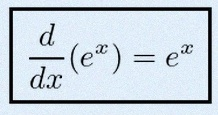
\frac{d}{dx}(e^x)=e^x